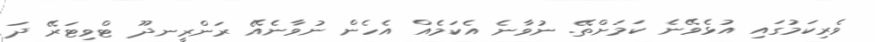
ވެރިކަމުގައި އުޅެވޭނެ ކަމަށްތޭ. ނުވާނެ އެކަމެއް އެހެން ނުވާނެއޭ ރަންރީނދޫ ޓްވިޓަރޭ ދަ